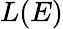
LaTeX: L(E)